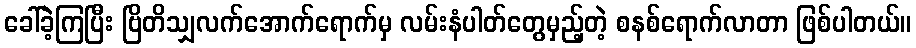
ခေါ်ခဲ့ကြပြီး ဗြိတိသျှလက်အောက်ရောက်မှ လမ်းနံပါတ်တွေမှည့်တဲ့ စနစ်ရောက်လာတာ ဖြစ်ပါတယ်။